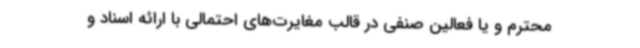
محترم و یا فعالین صنفی در قالب مغایرت‌های احتمالی با ارائه اسناد و